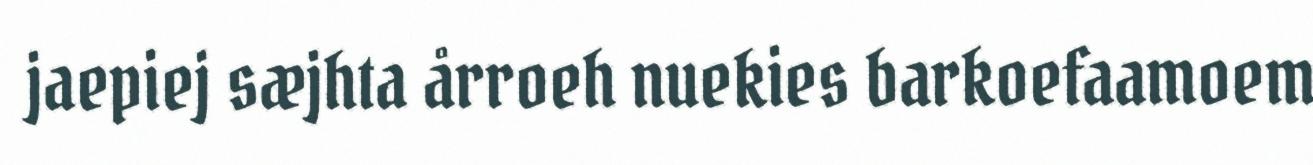
jaepiej sæjhta årroeh nuekies barkoefaamoem